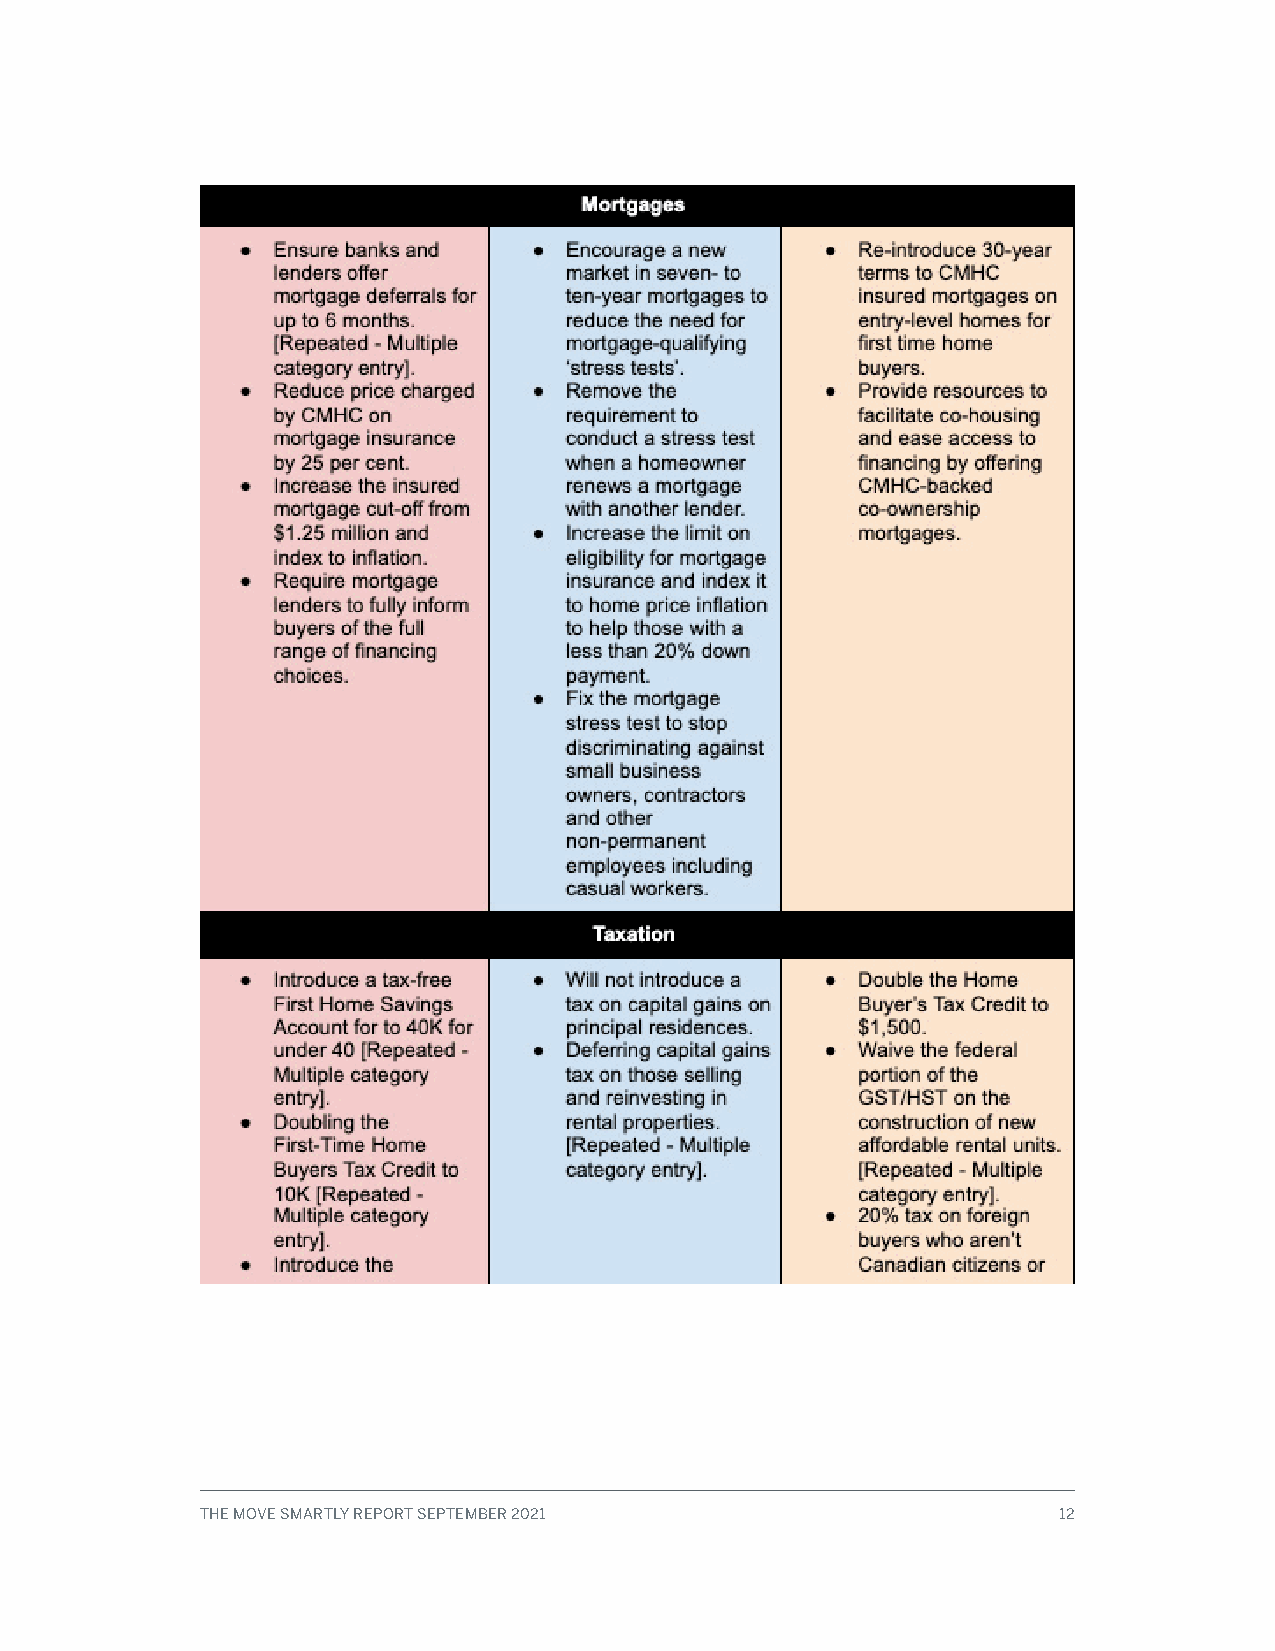
THE MOVE SMARTLY REPORT SEPTEMBER 2021                   12